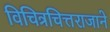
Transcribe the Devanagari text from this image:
विचित्रचित्तराजाने